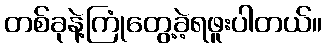
တစ်ခုနဲ့ကြုံတွေ့ခဲ့ရဖူးပါတယ်။